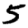
Digit: 5